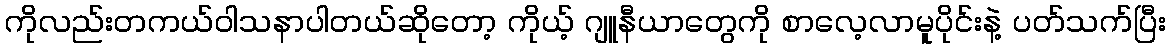
ကိုလည်းတကယ်ဝါသနာပါတယ်ဆိုတော့ ကိုယ့် ဂျူနီယာတွေကို စာလေ့လာမူပိုင်းနဲ့ ပတ်သက်ပြီး